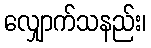
လျှောက်သနည်း၊